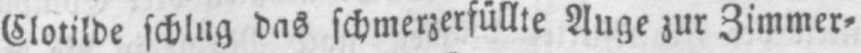
Clotilde schlug das schmerzerfüllte Auge zur Zimmer⸗